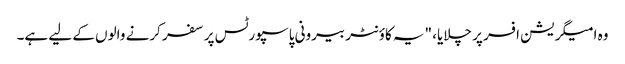
وہ امیگریشن افسر پر چلایا، "یہ کاؤنٹر بیرونی پاسپورٹس پر سفر کرنے والوں کے لیے ہے۔